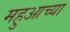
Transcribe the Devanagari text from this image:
महुआच्या